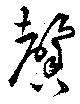
馨